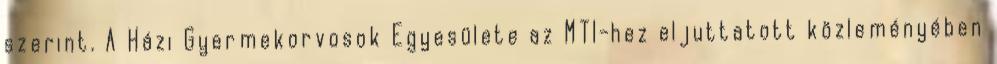
szerint. A Házi Gyermekorvosok Egyesülete az MTI-hez eljuttatott közleményében